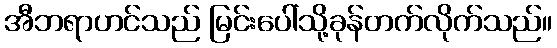
အီဘရာဟင်သည် မြင်းပေါ်သို့ခုန်တက်လိုက်သည်။